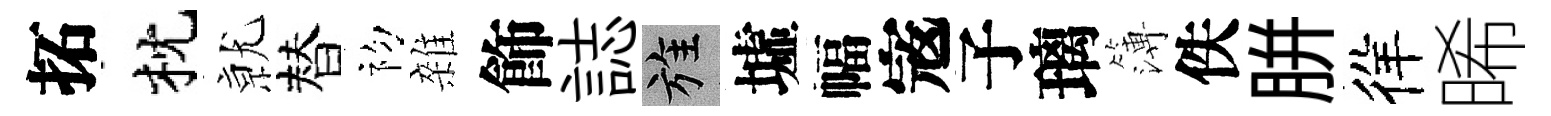
拓枕𭕒替初雜飾誌旌墟幅𡨥子璃簿佚胼徉晞